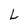
Character: L